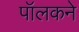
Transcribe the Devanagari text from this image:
पॉलकने